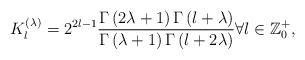
LaTeX: \begin{align*}K_{l}^{(\lambda )} = 2^{2l - 1} \frac{{\Gamma \left( {2\lambda + 1} \right)\Gamma \left( {l + \lambda } \right)}}{{\Gamma \left( {\lambda + 1} \right)\Gamma \left( {l + 2\lambda } \right)}}\forall l \in \mathbb{Z}_0^+,\end{align*}